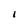
Character: 1